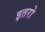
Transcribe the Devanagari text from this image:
इतरो